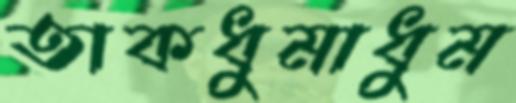
তাকধুমাধুম